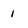
Character: 1